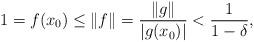
LaTeX: \begin{align*}1=f(x_0)\leq\|f\|=\frac{\|g\|}{|g(x_0)|}<\frac{1}{1-\delta},\end{align*}